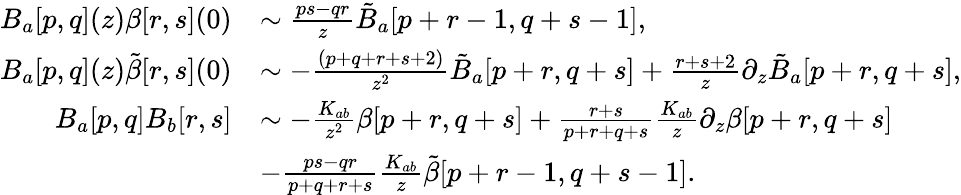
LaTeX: \begin{array}{rl}{B_{a}[p,q](z)\beta[r,s](0)}&{\sim\frac{ps-qr}{z}\tilde{B}_{a}[p+r-1,q+s-1],}\\ {B_{a}[p,q](z)\tilde{\beta}[r,s](0)}&{\sim-\frac{(p+q+r+s+2)}{z^{2}}\tilde{B}_{a}[p+r,q+s]+\frac{r+s+2}{z}\partial_{z}\tilde{B}_{a}[p+r,q+s],}\\ {B_{a}[p,q]B_{b}[r,s]}&{\sim-\frac{K_{ab}}{z^{2}}\beta[p+r,q+s]+\frac{r+s}{p+r+q+s}\frac{K_{ab}}{z}\partial_{z}\beta[p+r,q+s]}\\ &{-\frac{ps-qr}{p+q+r+s}\frac{K_{ab}}{z}\tilde{\beta}[p+r-1,q+s-1].}\end{array}